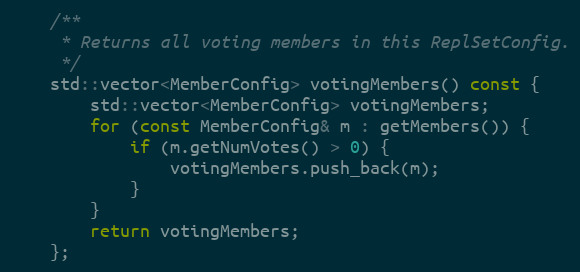
Language: C
    /**
     * Returns all voting members in this ReplSetConfig.
     */
    std::vector<MemberConfig> votingMembers() const {
        std::vector<MemberConfig> votingMembers;
        for (const MemberConfig& m : getMembers()) {
            if (m.getNumVotes() > 0) {
                votingMembers.push_back(m);
            }
        }
        return votingMembers;
    };